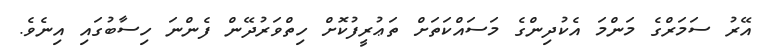
އޭރު ސަމަރްގެ މަންމަ އެކުދިންގެ މަސައްކަތަށް ތަޢުރީފުކޮށް ހިތްވަރުދޭން ފެންނަ ހިސާބުގައި އިނެވެ.